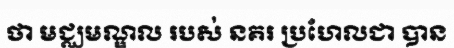
ថា មជ្ឈមណ្ឌល របស់ នគរ ប្រហែលជា បាន